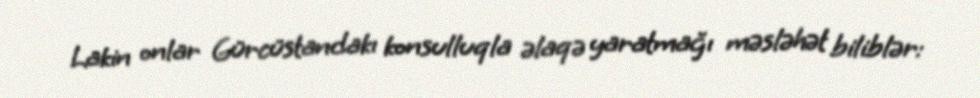
Lakin onlar Gürcüstandakı konsulluqla əlaqə yaratmağı məsləhət biliblər: